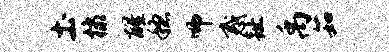
土棣醒稳师惑趾禹茹